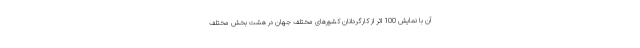
آن با نمایش 100 اثر از کارگردانان کشورهای مختلف جهان در هشت بخش مختلف